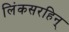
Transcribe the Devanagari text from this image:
लिंकसरहिन्